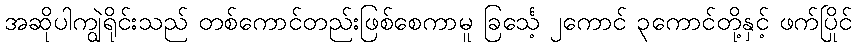
အဆိုပါကျွဲရိုင်းသည် တစ်ကောင်တည်းဖြစ်စေကာမူ ခြင်္သေ့ ၂ကောင် ၃ကောင်တို့နှင့် ဖက်ပြိုင်